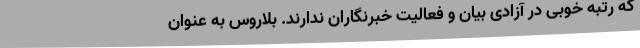
که رتبه خوبی در آزادی بیان و فعالیت خبرنگاران ندارند. بلاروس به عنوان